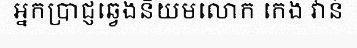
អ្នកប្រាជ្ញឆ្វេងនិយមលោក កេង វ៉ាន់